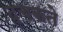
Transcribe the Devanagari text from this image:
दचकते